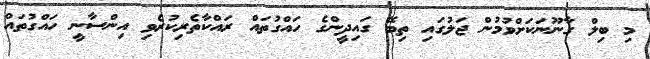
މި ބިލް ގާނޫނަކަށްވުމުން ޖަލުގައި ތިބޭ ގައިދީންގެ ހައްގުތައް ރައްކާތެރިކުރެވި އިންސާނީ ހައްގުތައް